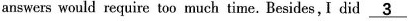
answers would require too much time. Besides, I did ___3